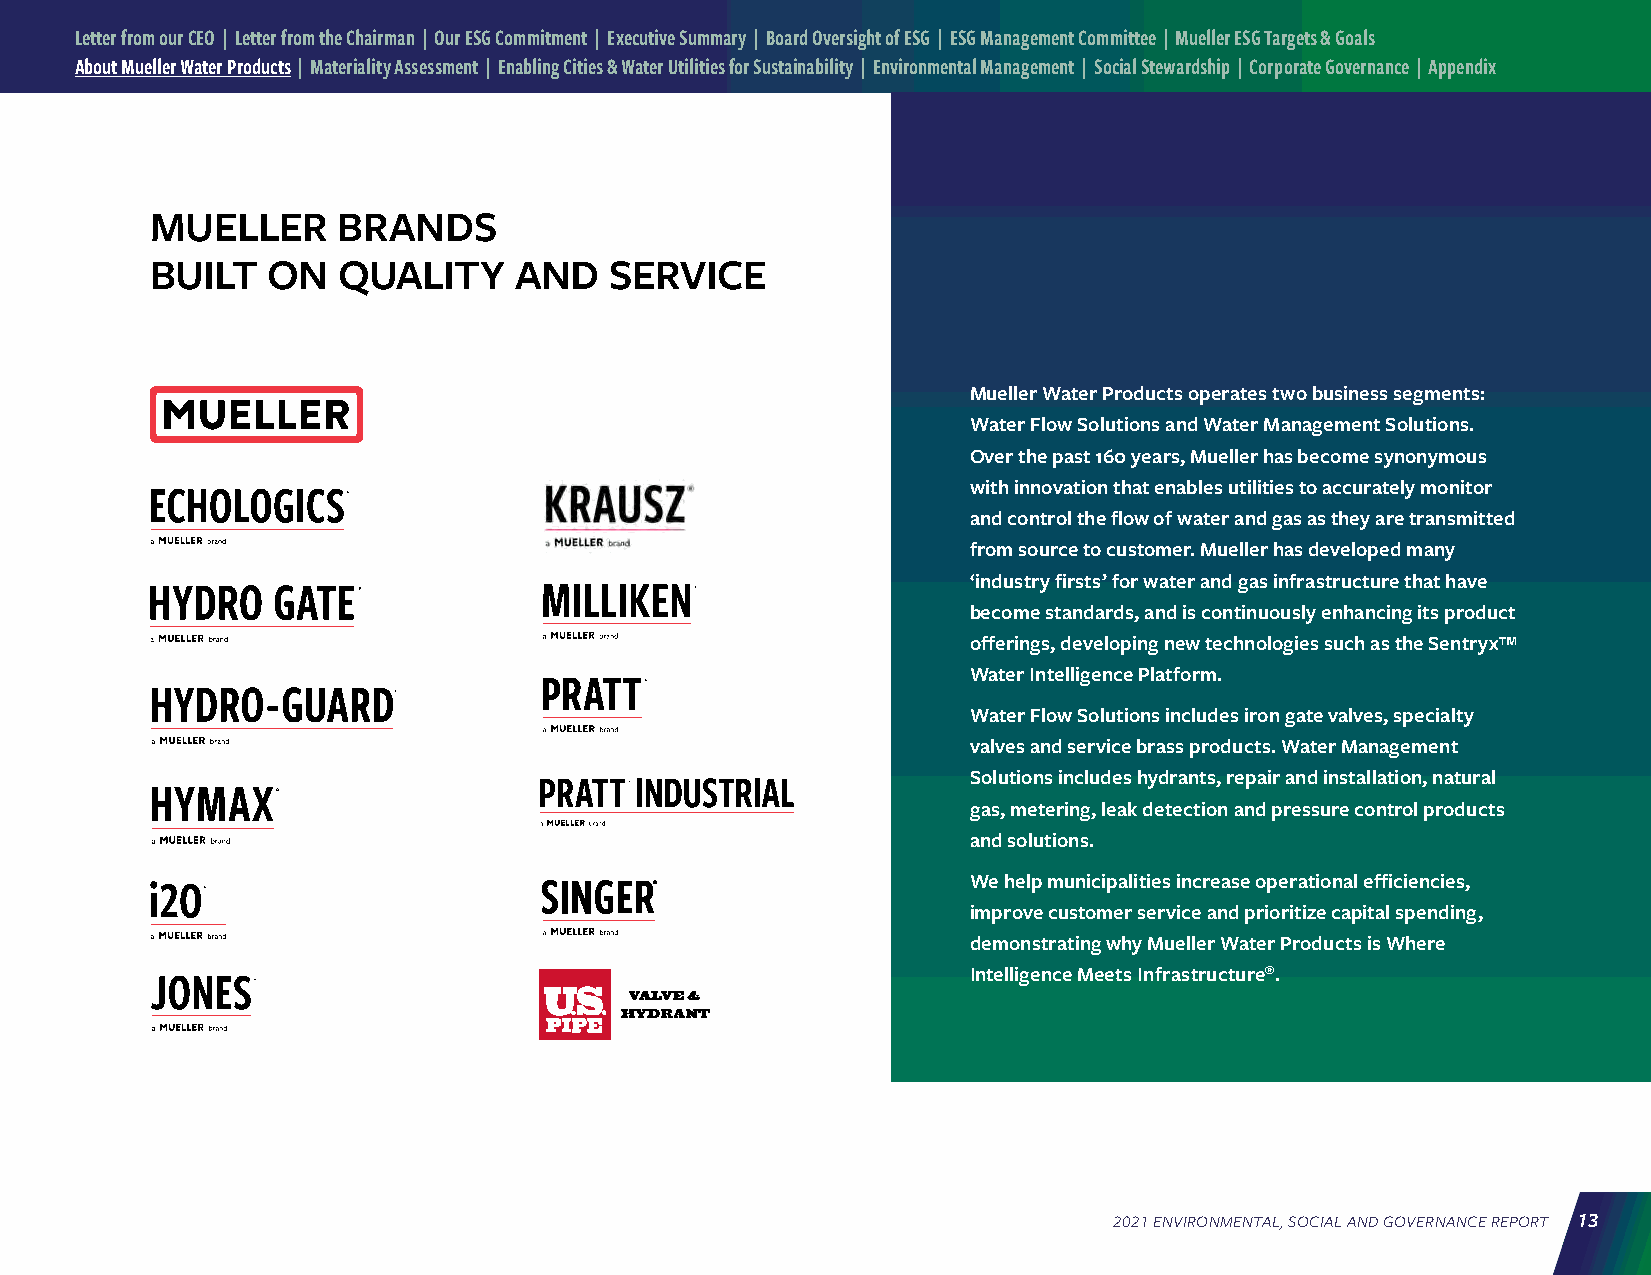
Letter from our CEO | Letter from the Chairman | Our ESG Commitment | Executive Summary | Board Oversight of ESG | ESG Management Committee | Mueller ESG Targets & Goals
 About Mueller Water Products | Materiality Assessment | Enabling Cities & Water Utilities for Sustainability | Environmental Management | Social Stewardship | Corporate Governance | Appendix
 MUELLER     BRANDS
 BUILT   ON  QUALITY     AND   SERVICE
 Mueller Water Products operates two business segments:
 Water Flow Solutions and Water Management Solutions.
 Over the past 160 years, Mueller has become synonymous
 with innovation that enables utilities to accurately monitor
 and control the flow of water and gas as they are transmitted
 from source to customer. Mueller has developed many
 ‘industry firsts’ for water and gas infrastructure that have
 become standards, and is continuously enhancing its product
 offerings, developing new technologies such as the Sentryx™
 Water Intelligence Platform.
 Water Flow Solutions includes iron gate valves, specialty
 valves and service brass products. Water Management
 Solutions includes hydrants, repair and installation, natural
 gas, metering, leak detection and pressure control products
 and solutions.
 We help municipalities increase operational efficiencies,
 ®
 improve customer service and prioritize capital spending,
 demonstrating why Mueller Water Products is Where
 Intelligence Meets Infrastructure®.
 2021 ENVIRONMENTAL, SOCIAL AND GOVERNANCE REPORT 13